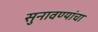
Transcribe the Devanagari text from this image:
सुनावण्यांचा